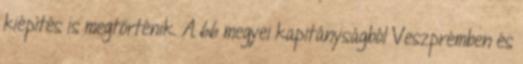
kiépítés is megtörténik. A 66 megyei kapitányságból Veszprémben és